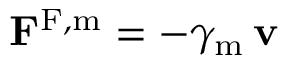
\mathbf { F } ^ { \mathrm { F , m } } = - \gamma _ { \mathrm { m } } \, \mathbf { v }